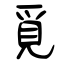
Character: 覓